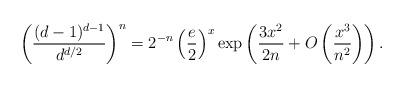
LaTeX: \begin{align*}\biggl(\frac{(d-1)^{d-1}}{d^{d/2}}\biggr)^{n}=2^{-n}\left(\frac{e}{2}\right)^{x}\exp\left(\frac{3x^{2}}{2n}+O\left(\frac{x^{3}}{n^{2}}\right)\right).\end{align*}